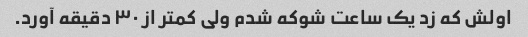
اولش که زد یک ساعت شوکه شدم ولی کمتر از ۳۰ دقیقه آورد.